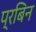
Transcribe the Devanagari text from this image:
प्रबिन